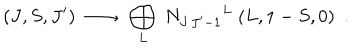
LaTeX: ( J , S , J ^ { \prime } ) \ \longrightarrow \ \bigoplus _ { L } \ { N _ { J \, J ^ { \prime } - 1 } } ^ { L } \ ( L , 1 - S , 0 ) \ \ .